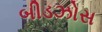
બીડઝોસ